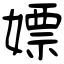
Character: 嫖